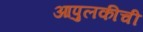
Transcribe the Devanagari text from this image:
आपुलकीची